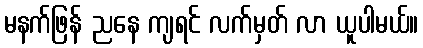
မနက်ဖြန် ညနေ ကျရင် လက်မှတ် လာ ယူပါမယ်။